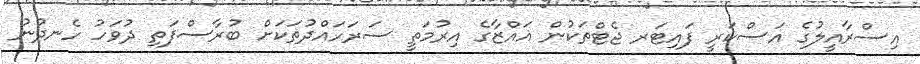
އިސްރާއީލުގެ އަސްކަރީ ފައިޓަރ ޖެޓްތަކުން ޣައްޒާގެ އިރުމަތީ ސަރަހައްދުތަކަށް ބުރާސްފަތި ދުވަހު ހެނދުނު